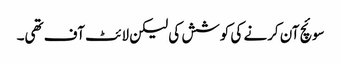
سوئچ آن کرنے کی کوشش کی لیکن لائٹ آف تھی۔